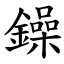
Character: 鐰